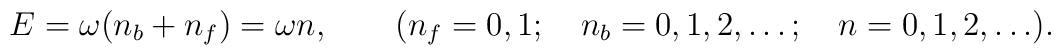
E = \omega(n_b + n_f) = \omega n, \qquad (n_f = 0, 1; \quad n_b = 0, 1, 2,\ldots; \quad n = 0, 1, 2, \ldots).